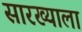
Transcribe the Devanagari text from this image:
सारख्याला